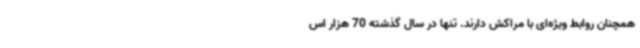
همچنان روابط ویژه‌ای با مراکش دارند. تنها در سال گذشته 70 هزار اس